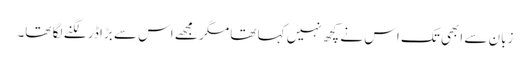
زبان سے ابھی تک اس نے کچھ نہیں کہا تھا مگر مجھے اس سے بڑا ڈر لگنے لگا تھا۔